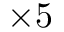
\times 5